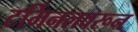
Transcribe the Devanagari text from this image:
टर्मिनलवरून